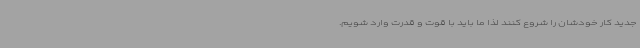
جدید کار خودشان را شروع کنند لذا ما باید با قوت و قدرت وارد شویم.